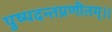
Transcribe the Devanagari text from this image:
पुष्पदन्तप्रणीतम्।।